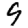
Digit: 9